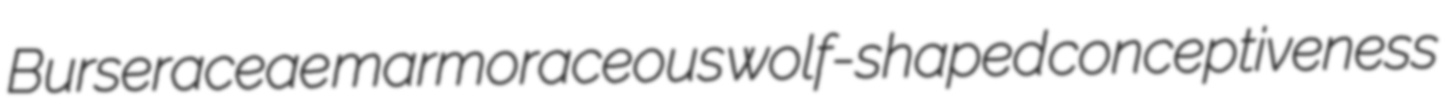
Burseraceae marmoraceous wolf-shaped conceptiveness